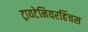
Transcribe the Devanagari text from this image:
ट्रायटेनियरहिंचस